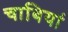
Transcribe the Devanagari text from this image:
चाबियां